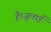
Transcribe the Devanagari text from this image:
है।जुलाई